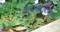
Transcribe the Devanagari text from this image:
ग्रंथसंग्रहाचा